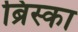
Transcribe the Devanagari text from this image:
ब्रिस्का